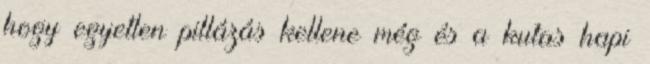
hogy egyetlen pillázás kellene még és a kutas hapi